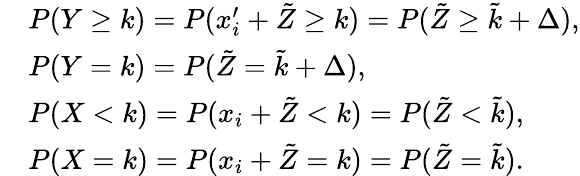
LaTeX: \begin{array}{rl}&{P(Y\geq k)=P(x_{i}^{\prime}+\tilde{Z}\geq k)=P(\tilde{Z}\geq\tilde{k}+\Delta),}\\ &{P(Y=k)=P(\tilde{Z}=\tilde{k}+\Delta),}\\ &{P(X<k)=P(x_{i}+\tilde{Z}<k)=P(\tilde{Z}<\tilde{k}),}\\ &{P(X=k)=P(x_{i}+\tilde{Z}=k)=P(\tilde{Z}=\tilde{k}).}\end{array}